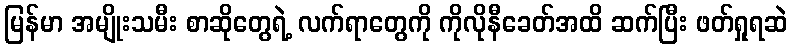
မြန်မာ အမျိုးသမီး စာဆိုတွေရဲ့ လက်ရာတွေကို ကိုလိုနီခေတ်အထိ ဆက်ပြီး ဖတ်ရှုရဆဲ